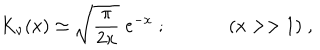
K _ { \nu } ( x ) \simeq \sqrt { \frac { \pi } { 2 x } } \; e ^ { - x } \; ; ( x > > 1 ) \; ,